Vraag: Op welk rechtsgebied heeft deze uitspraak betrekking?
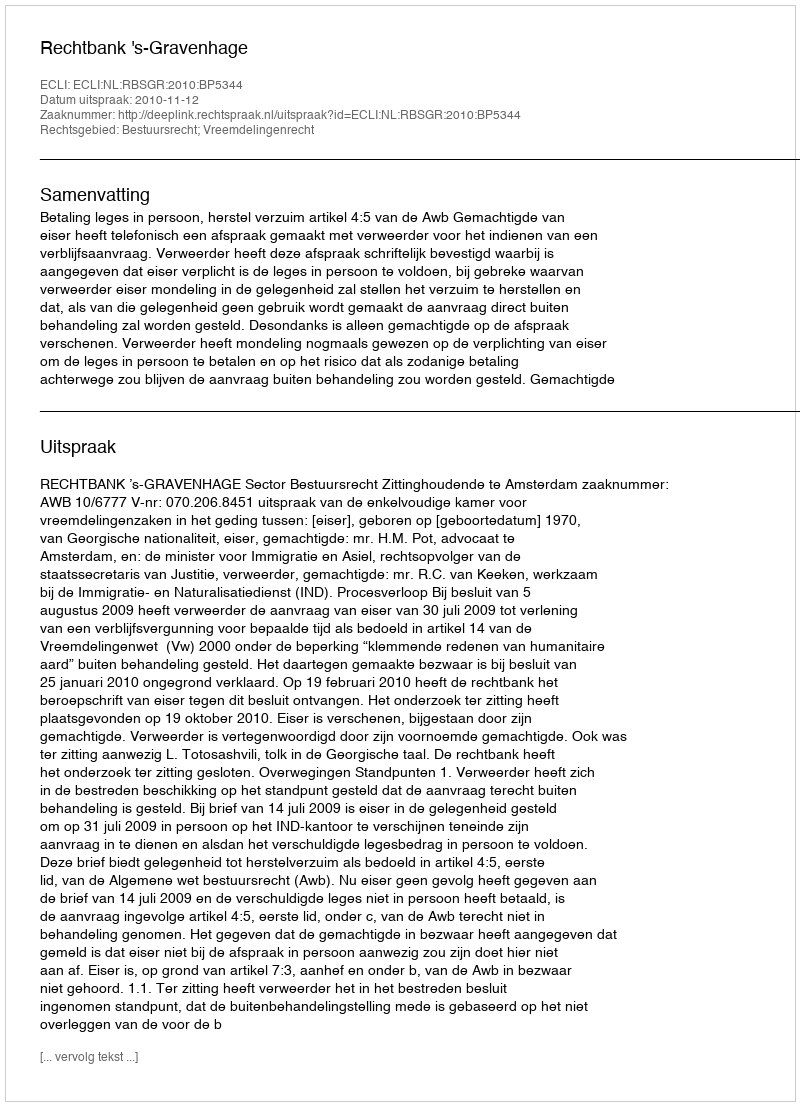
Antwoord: Bestuursrecht; Vreemdelingenrecht